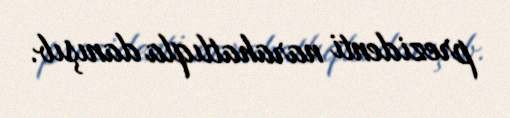
prezidenti narahatlıqla danışıb.